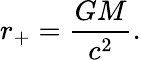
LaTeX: r_{\mathrm{+}}={\frac{GM}{c^{2}}}.